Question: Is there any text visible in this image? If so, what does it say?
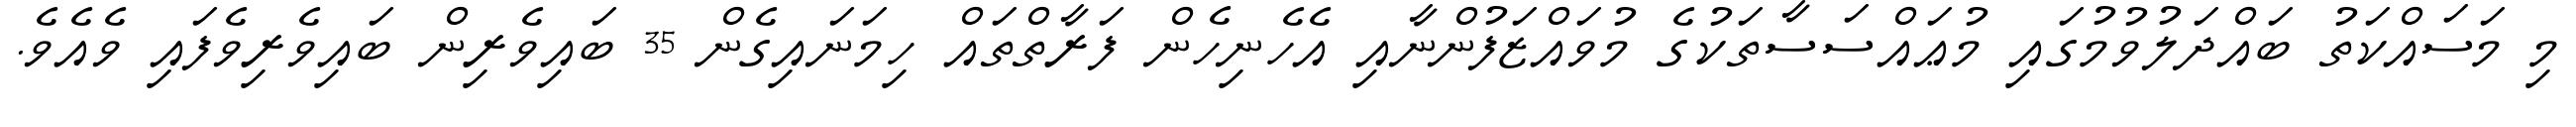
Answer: މި މަސައްކަތު ބައްދަލުވުމުގައި މުޢައްސަސާތަކުގެ މުވައްޒަފުންނާއި އެހެނިހެން ފަރާތްތައް ހިމަނައިގެން 35 ބައިވެރިން ބައިވެރިވެފައި ވެއެވެ.